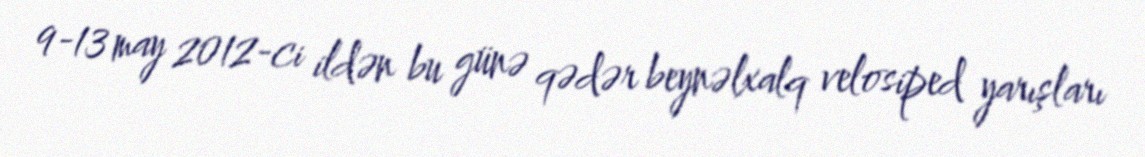
9-13 may 2012-ci ildən bu günə qədər beynəlxalq velosiped yarışları